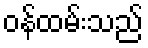
ဝန်ထမ်းသည်